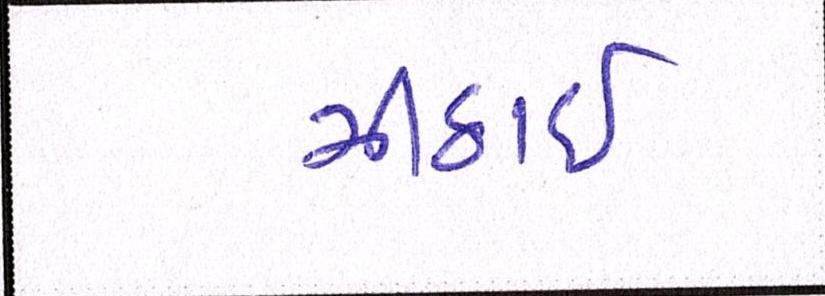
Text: મીઠાઈ